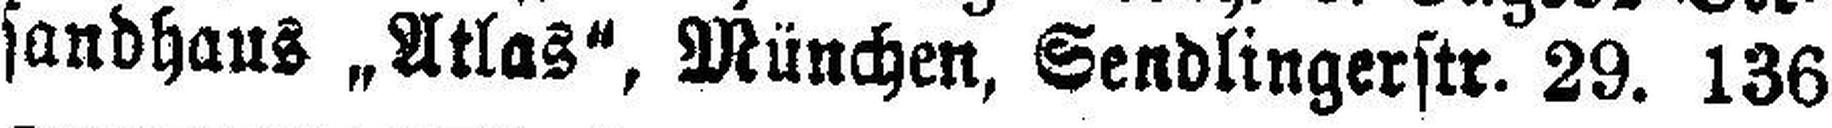
sandhaus „Atlas“, München, Sendlingerstr. 29. 136